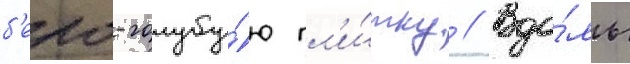
б'ело-голубу́ю пл'и́тку // Вдо́ль